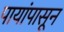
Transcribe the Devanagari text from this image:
पायांपासून